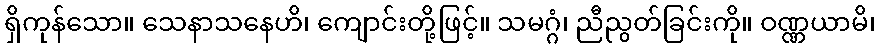
ရှိကုန်သော။ သေနာသနေဟိ၊ ကျောင်းတို့ဖြင့်။ သမဂ္ဂံ၊ ညီညွတ်ခြင်းကို။ ဝဏ္ဏယာမိ၊